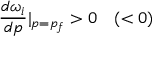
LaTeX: \frac { d \omega _ { i } } { d p } | _ { p = p _ { f } } > 0 \quad ( < 0 )